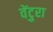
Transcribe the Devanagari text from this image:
वेंटुरा